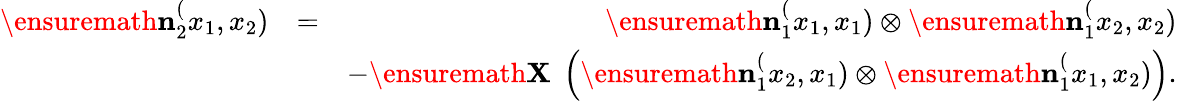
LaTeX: \begin{array}{rlr}{\ensuremath{\mathbf{n}}_{2}^(x_{1},x_{2})}&{=}&{\ensuremath{\mathbf{n}}_{1}^(x_{1},x_{1})\otimes\ensuremath{\mathbf{n}}_{1}^(x_{2},x_{2})}\\ &{}&{-\ensuremath{\mathbf{X}}\; \left(\ensuremath{\mathbf{n}}_{1}^(x_{2},x_{1})\otimes\ensuremath{\mathbf{n}}_{1}^(x_{1},x_{2})\right).}\end{array}